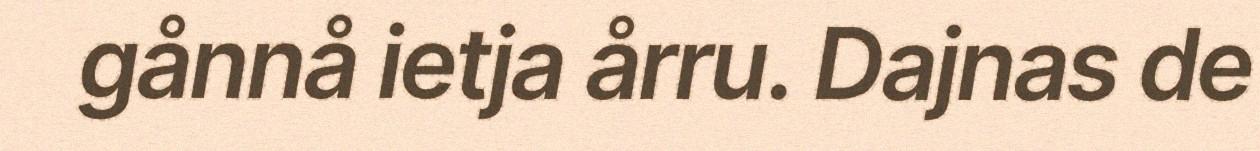
gånnå ietja årru. Dajnas de